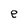
Character: e